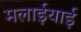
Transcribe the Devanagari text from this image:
मलाईयाई